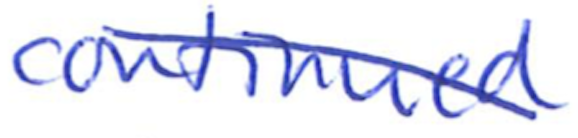
Text: continued
Cross-out: diagonal
Writing tool: ballpoint